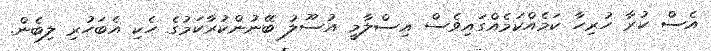
އެސް ކުރާ ހުރިހާ ކަމެއްކަމެއްގައިވެސް އިސްލާމީ އުސޫލު ބޭނުންކުރާކަމުގެ ހެކި އެބަހުރި ލިބެން.